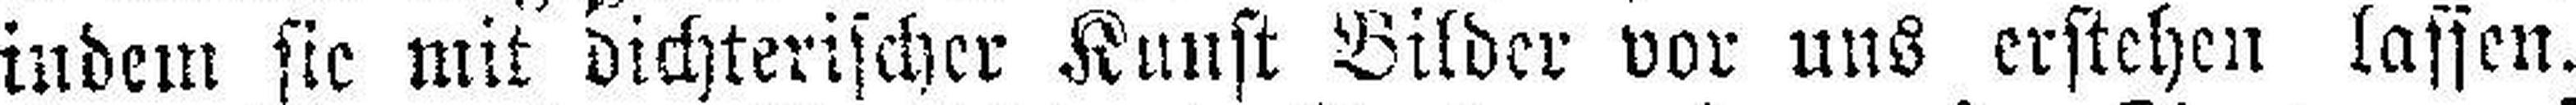
indem sie mit dichterischer Kunst Bilder vor uns erstehen lassen.